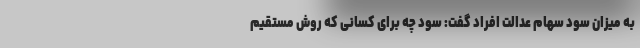
به میزان سود سهام عدالت افراد گفت: سود چه برای کسانی که روش مستقیم